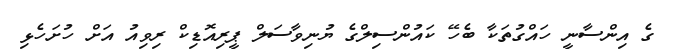
ގެ އިންސާނީ ހައްގުތަކާ ބެހޭ ކައުންސިލްގެ ޔުނިވާސަލް ޕީރިއޮޑިކް ރިވިއު އަށް ހުށަހެޅި